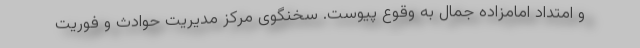
و امتداد امامزاده جمال به وقوع پیوست. سخنگوی مرکز مدیریت حوادث و فوریت